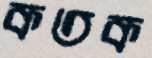
কতক